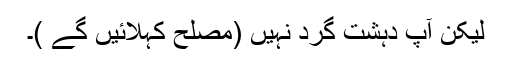
لیکن آپ دہشت گرد نہیں (مصلح کہلائیں گے )۔